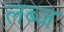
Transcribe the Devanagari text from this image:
लब्ज